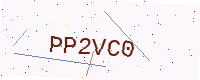
Text: PP2VC0